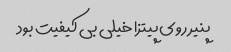
پنیر روی پیتزا خیلی بی کیفیت بود